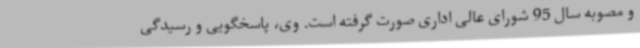
و مصوبه سال 95 شورای عالی اداری صورت گرفته است. وی، پاسخگویی و رسیدگی